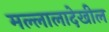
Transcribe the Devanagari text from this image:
मल्लालादेखील